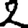
Digit: 2